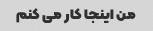
من اینجا کار می کنم